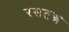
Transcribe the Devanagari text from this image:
रसतन्त्र